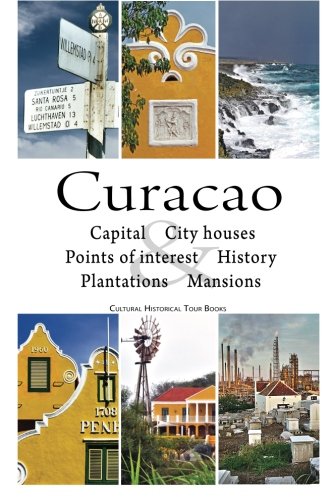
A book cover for Curacao: cultural historical tour book; infocusbooks; Travel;